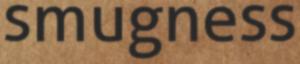
smugness